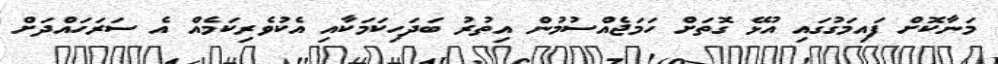
މަނާކޮށް ފައިމަގުގައި އުޅޭ ގޮތަށް ހަމަޖެއްސުމުން އިތުރު ބަދަހިކަމަކާއި އެކުވެރިކަމެއް އެ ސަރަހައްދަށް